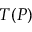
T ( P )